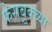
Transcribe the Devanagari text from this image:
फेसबुक्च्या